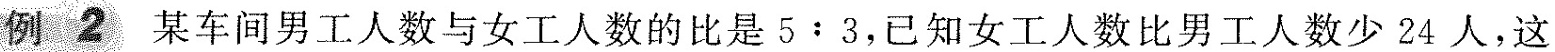
例2 某车间男工人数与女工人数的比是5﹔3，已知女工人数比男工人数少24人，这